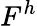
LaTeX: F^{h}